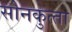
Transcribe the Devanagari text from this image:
सोनकुत्‍ता